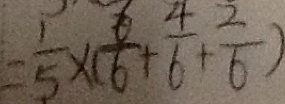
= \frac { 1 } { 5 } \times ( \frac { 6 } { 6 } + \frac { 4 } { 6 } + \frac { 2 } { 6 } )